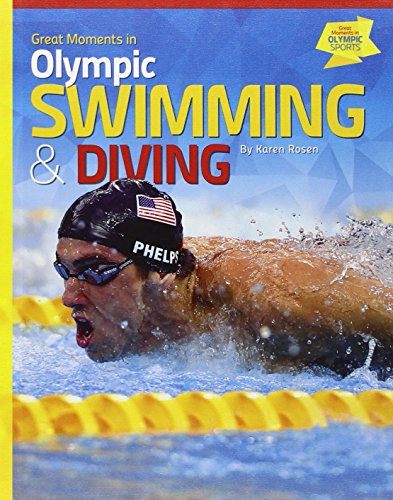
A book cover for Great Moments in Olympic Swimming & Diving (Great Moments in Olympic Sports); Karen Rosen; Children's Books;